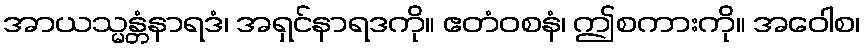
အာယသ္မန္တံနာရဒံ၊ အရှင်နာရဒကို။ ဧတံဝစနံ၊ ဤစကားကို။ အဝေါစ၊